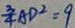
\frac { 3 } { 4 } A D ^ { 2 } = 9